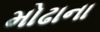
મોઢાના